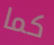
كما